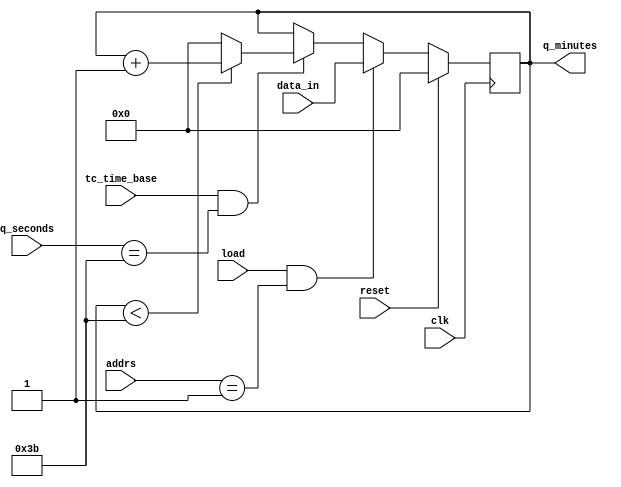
// name file: minutes
// update date: 27/08/2023

module minutes
(
	input wire 			clk,    		
	input wire 			reset,  		
	input wire 			tc_time_base,
	input wire 			load,
	input wire [1:0]	addrs,
	input wire [5:0]	data_in,
 	input wire [5:0]	q_seconds,
	output reg [5:0]	q_minutes   	
);
	
	always@(posedge clk)
	begin
		if(reset == 1'b1) 
			q_minutes <=6'd0;
		else
		begin
			if(load == 1'b1 && addrs == 2'b01)
				q_minutes <= data_in;
			else
			begin
				if((tc_time_base == 1'b1)&(q_seconds == 6'd59))
				begin
					if(q_minutes < 6'd59)
						q_minutes <= q_minutes + 6'd1;
					else
						q_minutes <= 6'd0;
				end
			end
		end
	end

endmodule